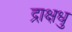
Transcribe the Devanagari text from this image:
द्राक्षधु